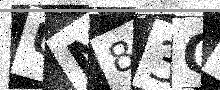
Text: UN83OM